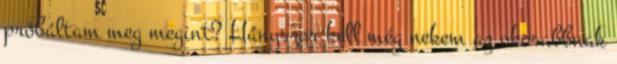
próbáltam meg megint? Hányszor kell még nekem az okosabbnak